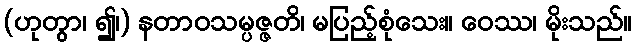
(ဟုတွာ၊ ၍၊) နတာဝသမ္ပဇ္ဇတိ၊ မပြည့်စုံသေး။ ဝေဿ၊ မိုးသည်။